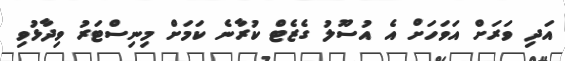
އަދި ވަރަށް އަވަހަށް އެ އުސޫލު ގެޒެޓް ކުރާނެ ކަމަށް މިނިސްޓަރު ވިދާޅުވި